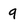
Character: 9